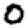
Digit: 0